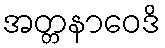
အတ္တနာဝေဒိ